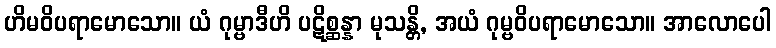
ဟိမဝိပရာမောသော။ ယံ ဂုမ္ဗာဒီဟိ ပဋိစ္ဆန္နာ မုသန္တိ, အယံ ဂုမ္ဗဝိပရာမောသော။ အာလောပေါ